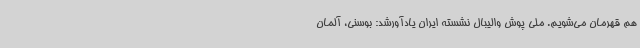
هم قهرمان می‌شویم. ملی پوش والیبال نشسته ایران یادآورشد: بوسنی، آلمان